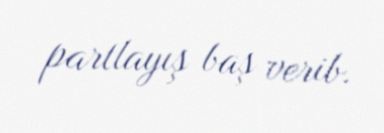
partlayış baş verib.